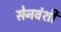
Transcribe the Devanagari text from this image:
सेनवंशी